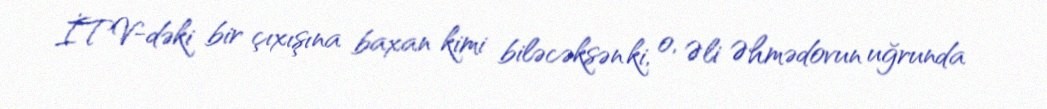
İTV-dəki bir çıxışına baxan kimi biləcəksən ki, o, Əli Əhmədovun uğrunda